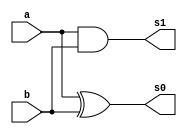
// -------------------------
// Exemplo00045 - 
// Nome: Flvio Andrade Amaral Motta 
// ------------------------- 


// ------------------------- 
// half adder 
// ------------------------- 
	
	module halfAdder( s0,s1, a, b);
	
	input a, b;
	output s0, s1;
	
	xor XOR1(s0, a, b);
	and AND1(s1, a, b);

	endmodule 
	
// ------------------------- 
// full adder 
// -------------------------	
	
	module fullAdder(s0, s1, a, b, c);
	
	input a, b, c;
	output s0, s1;
	wire q0, q1, q2;
	
	halfAdder HA1(q0, q1, a, b);
	halfAdder HA2(s0, q2, c, q0);
	or OR1(s1, q2, q1);
	
	endmodule
	

// ------------------------- 
// full adder 4 bits
// -------------------------	
	

	module fullAdder4 (output [4:0]s,
	input Carry, 
	input [3:0]a, 
	input [3:0]b); 
	
	// descrever por portas
	wire vaiUm;
	wire vaiUm1;
	wire vaiUm2;
	wire s_xor;
	wire s_xor1;
	wire s_xor2;
	wire s_xor3;
	
	
	xor XOR1	(s_xor,  b[0], Carry);
	xor XOR2	(s_xor1, b[1], Carry );
	xor XOR3	(s_xor2, b[2], Carry);
	xor XOR4	(s_xor3, b[3], Carry);
	
	
	fullAdder FA1(s[0], vaiUm, Carry, a[0], s_xor);
	fullAdder FA2(s[1], vaiUm1, a[1], s_xor1,vaiUm);
	fullAdder FA3(s[2], vaiUm2, a[2], s_xor2,vaiUm1);	
	fullAdder FA4(s[3], s[4], a[3], s_xor3,vaiUm2);
	
	

// descrever por portas 
	endmodule // fullAdder 
	 



// ------------------------- definir dados 
	
	module teste;
	
	reg [3:0] x; 
	reg [3:0] y; 
	reg carry; 
	wire [4:0] soma; 
	
	fullAdder4 FA(soma, carry,x,y);
	
	
	 
// ------------------------- parte principal 
	initial begin 
	$display("Exemplo00045 - Flvio Andrade Amaral Motta - 392001"); 
	$display("Test ALU's full adder");  
	
	
	#1 x = 1010; y = 1001; carry = 1;
	
// projetar testes do 
	
	$monitor("x = %4b \t y = %4b\t carry = %b\t  saida = %5b\n",x,y,carry,soma);
	
	#1 x = 0010; y = 0000; carry = 0; 
	#1 x = 0001; y = 0001; carry = 1;
	#1 x = 0000; y = 0001; carry = 1;
	#1 x = 1111; y = 1000; carry = 0; 
	
end 
endmodule // test_ComplementoDois